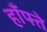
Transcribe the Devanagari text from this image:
हाँफ्ते